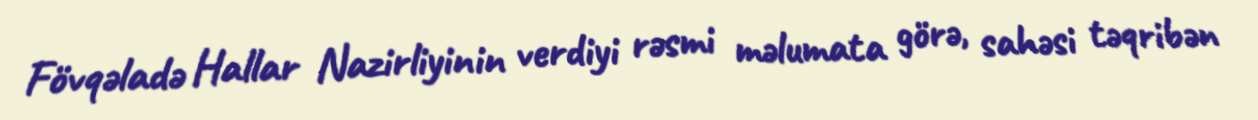
Fövqəladə Hallar Nazirliyinin verdiyi rəsmi məlumata görə, sahəsi təqribən